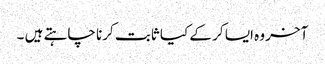
آخر وہ ایسا کر کے کیا ثابت کرنا چاہتے ہیں ۔